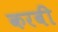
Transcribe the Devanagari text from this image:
करबी